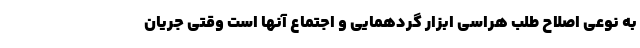
به نوعی اصلاح طلب هراسی ابزار گردهمایی و اجتماع آنها است وقتی جریان